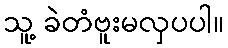
သူ့ ခဲတံဗူးမလှပပါ။